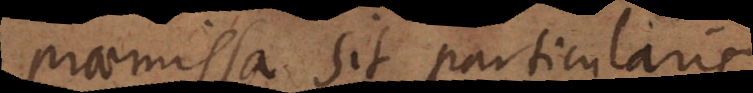
praemissa sit particularis